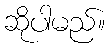
ဆိုပါမည်။